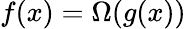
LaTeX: f(x)=\Omega(g(x))